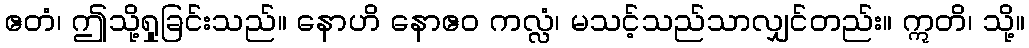
ဧတံ၊ ဤသို့ရှုခြင်းသည်။ နောဟိ နောဧဝ ကလ္လံ၊ မသင့်သည်သာလျှင်တည်း။ ဣတိ၊ သို့။